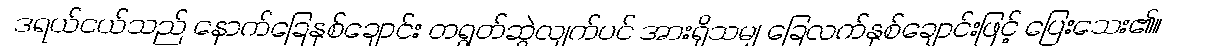
ဒရယ်ငယ်သည် နောက်ခြေနှစ်ချောင်း တရွတ်ဆွဲလျက်ပင် အားရှိသမျှ ခြေလက်နှစ်ချောင်းဖြင့် ပြေးသေး၏။